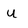
Character: u